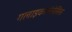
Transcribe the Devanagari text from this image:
गलाइकोजेनेसिस